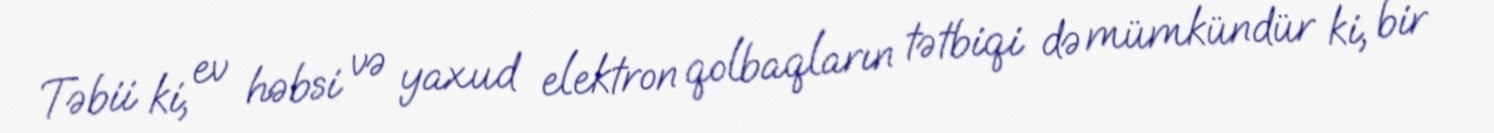
Təbii ki, ev həbsi və yaxud elektron qolbaqların tətbiqi də mümkündür ki, bir